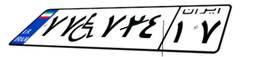
۳۰W۵۸۳۲۷